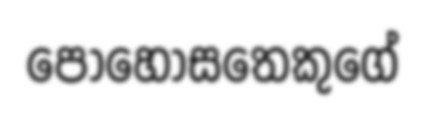
පොහොසතෙකුගේ